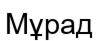
Мұрад